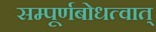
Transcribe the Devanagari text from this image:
सम्पूर्णबोधत्वात्